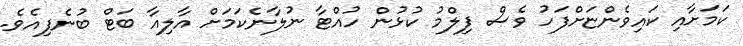
ކަމަށާއި ކައިވެންޏަށްފަހު ވެސް ފިލްމު ކުޅުން ހުއްޓާ ނުލާނެކަމަށް އާލިއާ ބަޓް ބުނެފިއެވެ.